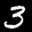
Label: 3